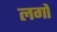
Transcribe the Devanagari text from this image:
लगों